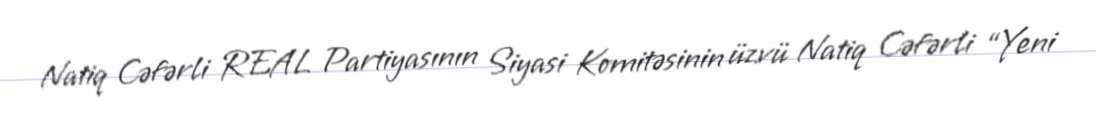
Natiq Cəfərli REAL Partiyasının Siyasi Komitəsinin üzvü Natiq Cəfərli “Yeni